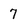
Character: 7